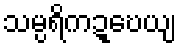
သမ္ပရိကဍ္ဎေယျ